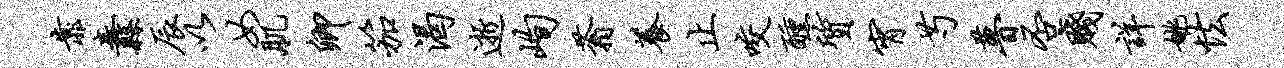
靠纛辰以女肌卿笳渴逝峋蓊养止咬醺质宵芍瞢否贱详姚怯